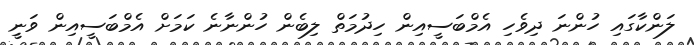
ލަންކާގައި ހުންނަ ދިވެހި އެމްބަސީއިން ހިދުމަތް ލިބެން ހުންނާނެ ކަމަށް އެމްބަސީއިން ވަނީި